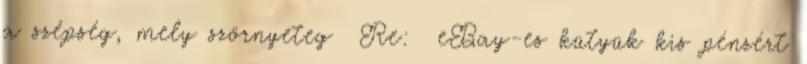
a szépség, mely szörnyeteg Re: eBay-es kütyük kis pénzért